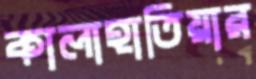
কালাহাতিয়ার